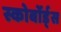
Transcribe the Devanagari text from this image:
स्कोर्बोर्ड्स